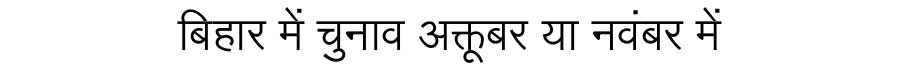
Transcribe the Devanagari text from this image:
बिहार में चुनाव अक्तूबर या नवंबर में